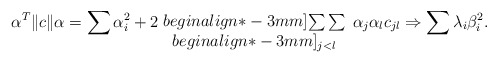
\begin{align*}\alpha^T \|c\| \alpha =\sum \alpha_i^2 +2\!\begin{array}{c} {} \\begin{align*}-3mm] {\sum\sum} \\begin{align*}-3mm] {}_{j<l} \end{array}\alpha_j \alpha_l c_{jl}\Rightarrow\sum \lambda_i \beta_i^2 .\end{align*}